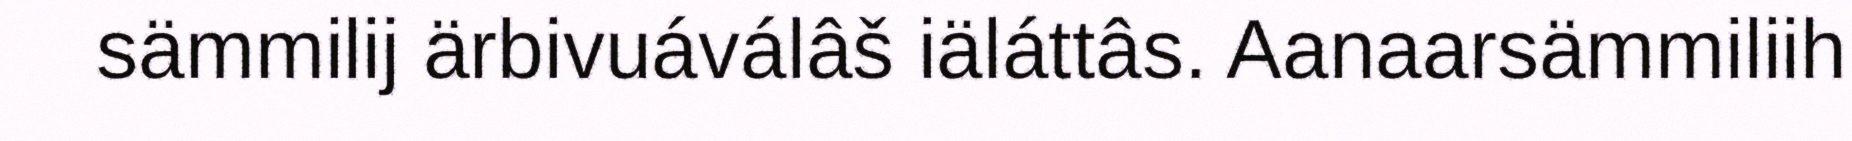
sämmilij ärbivuáválâš iäláttâs. Aanaarsämmiliih